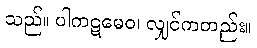
သည်။ ပါကဋမေဝ၊ လျှင်ကတည်း။